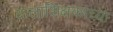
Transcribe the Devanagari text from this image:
कलाशिक्षकांच्या